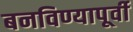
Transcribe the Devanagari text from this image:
बनविण्यापूर्वी